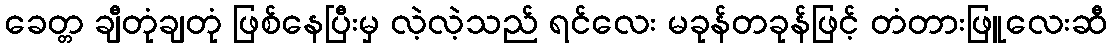
ခေတ္တ ချီတုံချတုံ ဖြစ်နေပြီးမှ လဲ့လဲ့သည် ရင်လေး မခုန်တခုန်ဖြင့် တံတားဖြူလေးဆီ